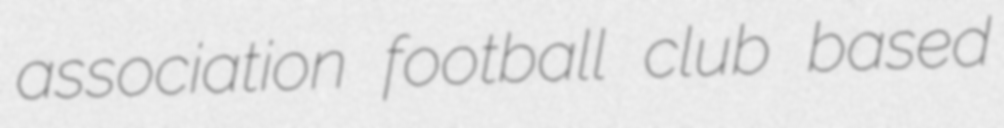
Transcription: association football club based